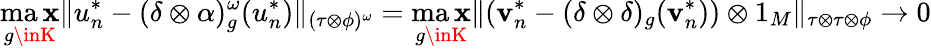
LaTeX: \displaystyle\operatorname*{ma\mathbf{x}}_{g\inK}\| u_{n}^{*}-(\delta\otimes\alpha)_{g}^{\omega}(u_{n}^{*})\| _{(\tau\otimes\phi)^{\omega}}=\operatorname*{ma\mathbf{x}}_{g\inK}\| (\mathbf{v}_{n}^{*}-(\delta\otimes\delta)_{g}(\mathbf{v}_{n}^{*}))\otimes1_{M}\| _{\tau\otimes\tau\otimes\phi}\to0